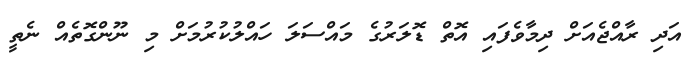
އަދި ރާއްޖެއަށް ދިމާވެފައި އޮތް ޑޮލަރުގެ މައްސަލަ ހައްލުކުރުމަށް މި ނޫންގޮތެއް ނެތީ